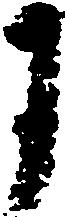
于